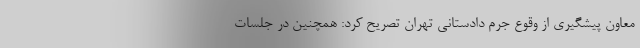
معاون پیشگیری از وقوع جرم دادستانی تهران تصریح کرد: همچنین در جلسات